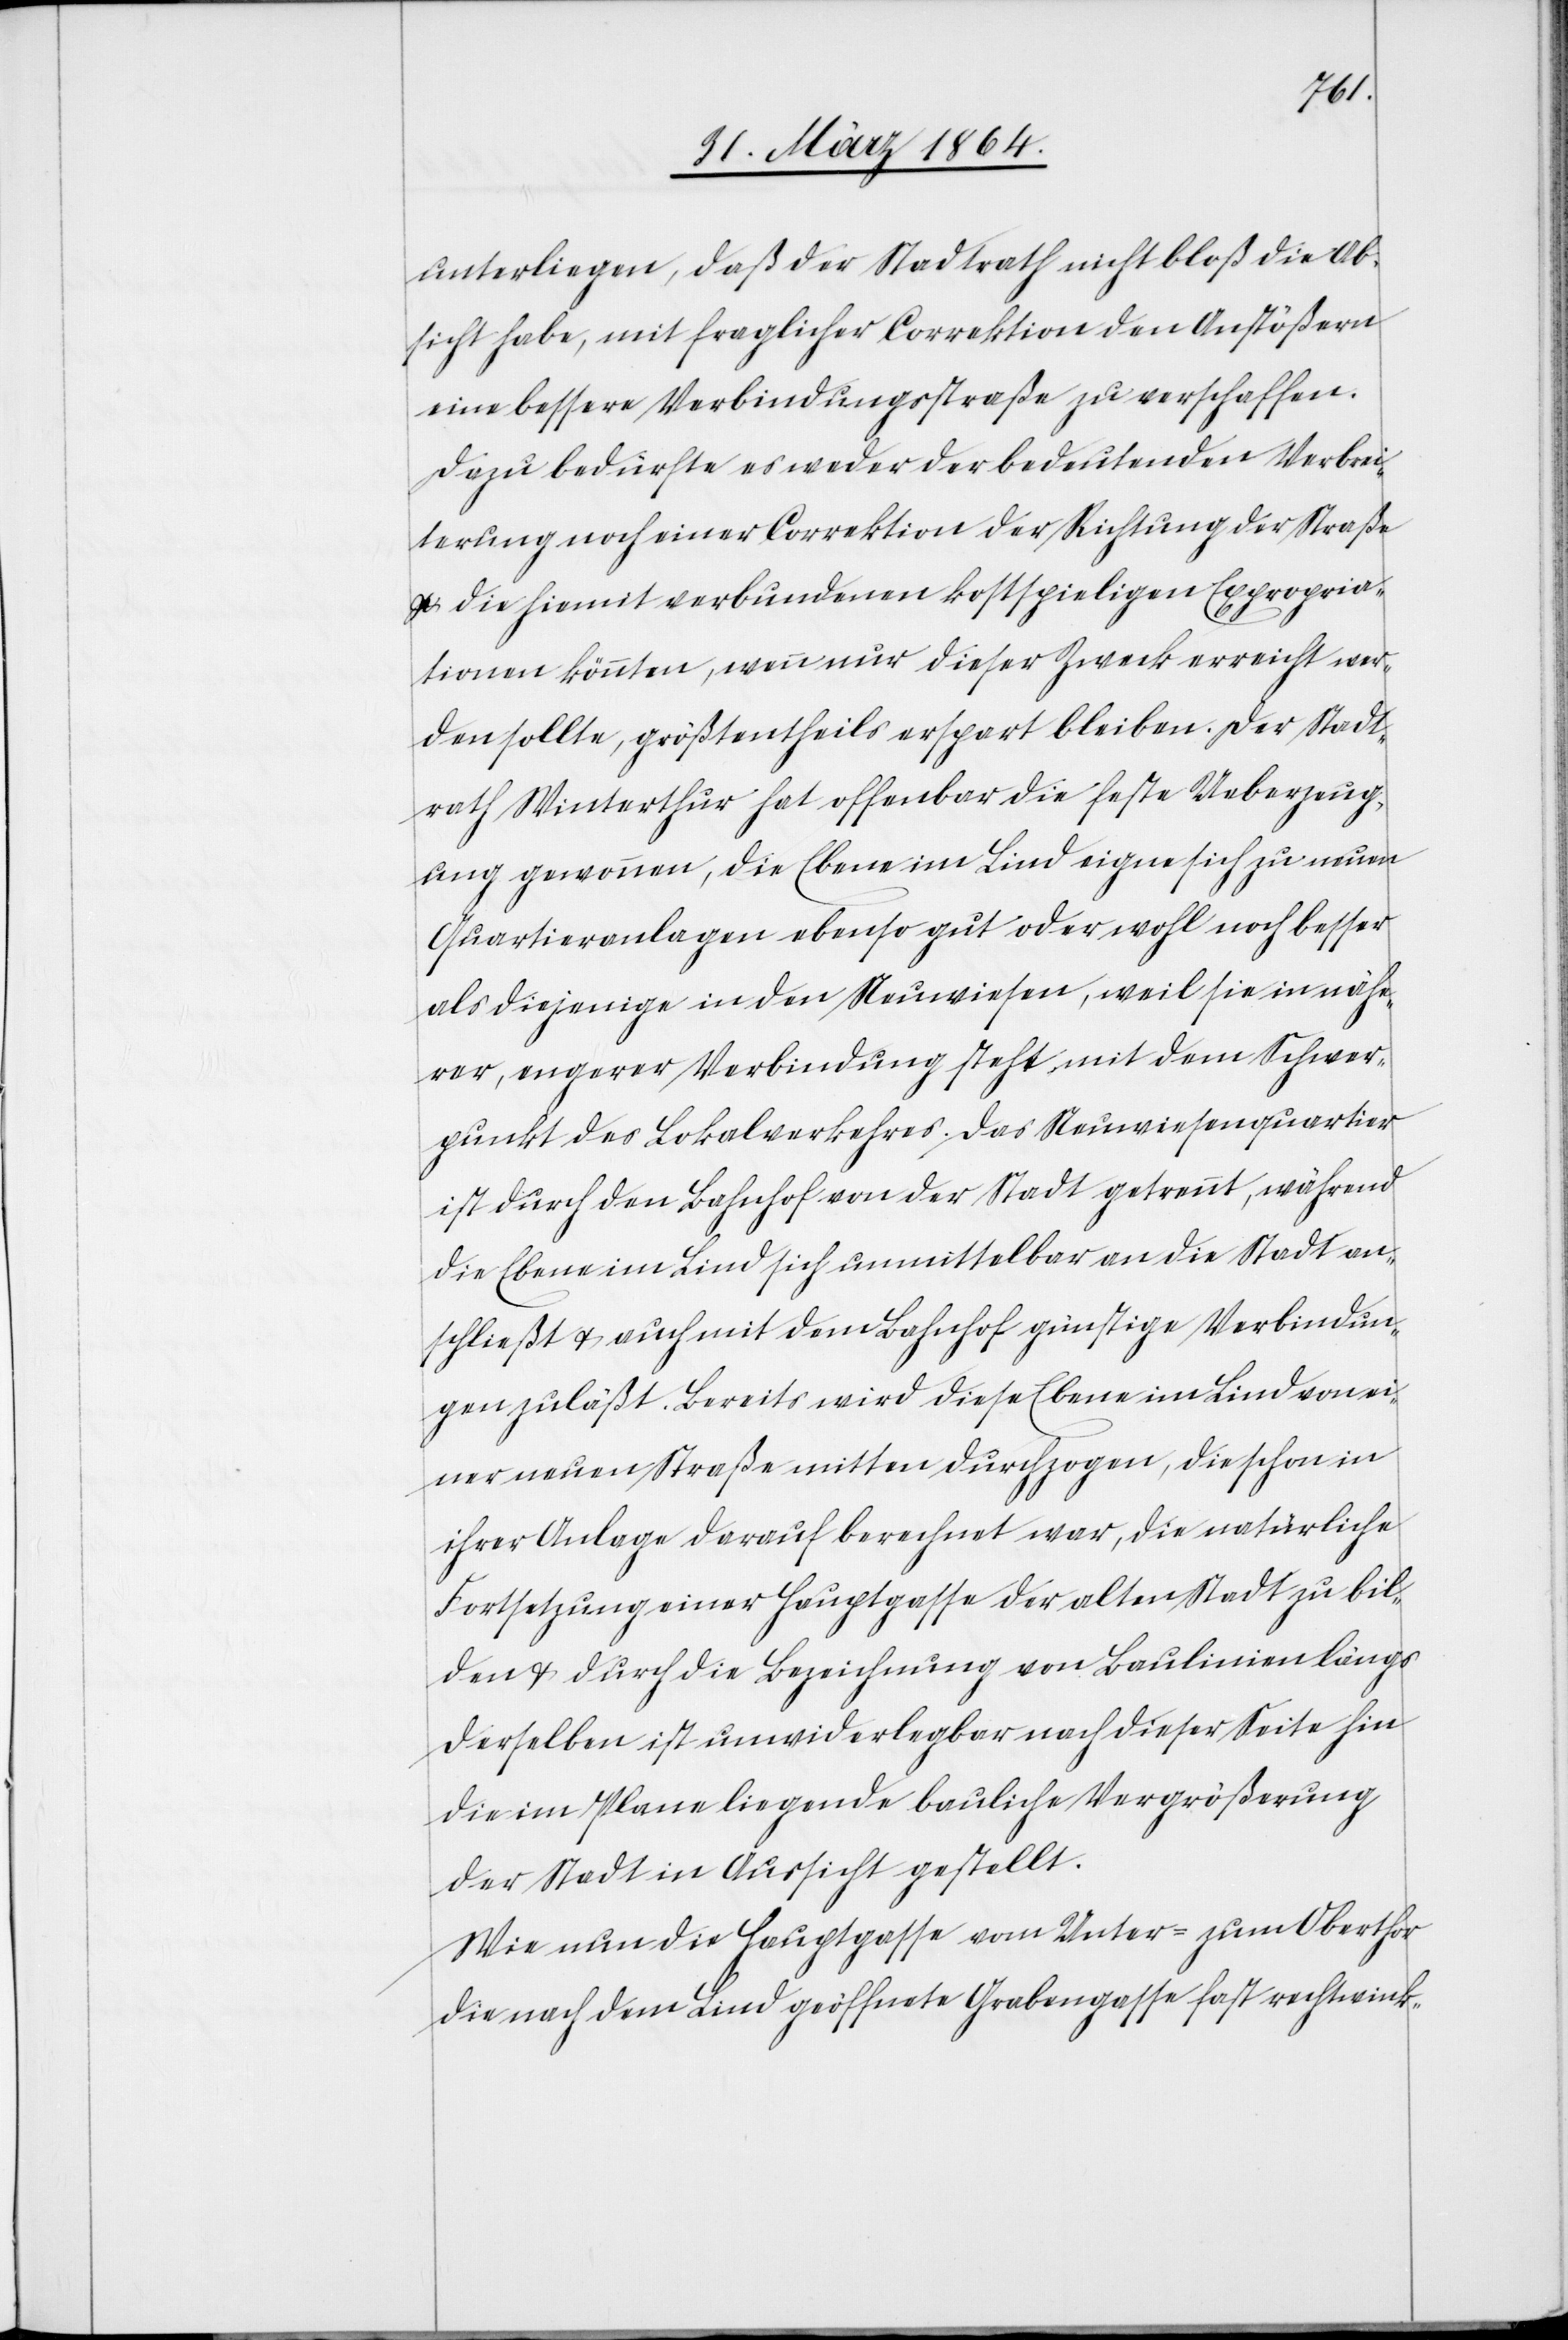
unterliegen, daß der Stadtrath nicht bloß die Ab¬
sicht habe, mit fraglicher Correktion den Anstößern
eine bessere Verbindungsstraße zu verschaffen.
Dazu bedürfe es weder der bedeutenden Verbrei¬
terung noch einer Correktion der Richtung der Straße
u. die hiermit verbundenen kostspieligen Expropria¬
tionen könnten, wenn nur dieser Zweck erreicht wer¬
den sollte, größtentheils erspart bleiben. Der Stadt¬
rath Winterthur hat offenbar die feste Ueberzeug¬
ung gewonnen, die Ebene im Lind eigne sich zu neuen
Quartieranlagen ebenso gut oder wohl noch besser
als diejenige in den Neuwiesen, weil sie in nähe¬
rer, engerer Verbindung steht, mit dem Schwer¬
punkt des Lokalverkehres. Das Neuwiesenquartier
ist durch den Bahnhof von der Stadt getrennt, während
die Ebene im Lind sich unmittelbar an die Stadt an¬
schließt u. auch mit dem Bahnhof günstige Verbindun¬
gen zuläßt. Bereits wird diese Ebene im Lind von ei¬
ner neuen Straße mitten durchzogen, die schon in
ihrer Anlage darauf berechnet war, die natürliche
Fortsetzung einer Hauptgasse der alten Stadt zu bil¬
den u. durch die Bezeichnung von Baulinien längs
derselben ist unwiderlegbar nach dieser Seite hin
die im Plane liegende bauliche Vergrößerung
der Stadt in Aussicht gestellt.
Wie nun die Hauptgasse vom Unter- zum Oberthor
die nach dem Lind geöffnete Grabengasse fast rechtwink-